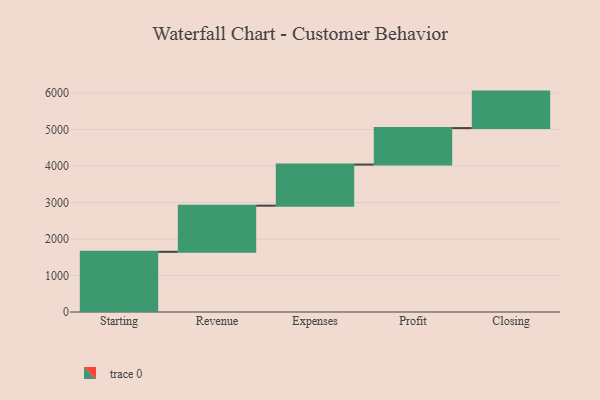
{"axis": {"x": "Step", "y": "Value"}, "legend": [""], "data": [{"x": "Starting", "y": 1650.0, "type": ""}, {"x": "Revenue", "y": 1265.0, "type": ""}, {"x": "Expenses", "y": 1127.0, "type": ""}, {"x": "Profit", "y": 1000, "type": ""}, {"x": "Closing", "y": 1000, "type": ""}]}